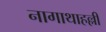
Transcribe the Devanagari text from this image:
नागाथाहल्ली